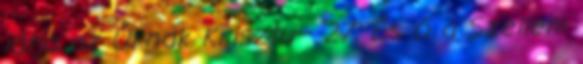
látja az Úrnak Krisztu− 27. És ő a Szellem